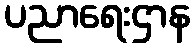
ပညာရေးဌာန